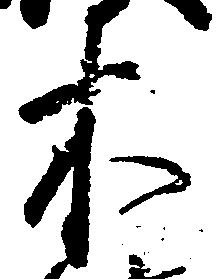
木